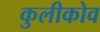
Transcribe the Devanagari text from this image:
कुलीकोव